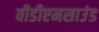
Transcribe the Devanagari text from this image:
वीडीएमसाउंड